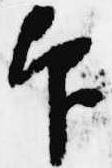
印